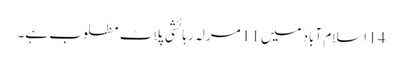
14 اسلام آباد میں 11 مرلہ رہائشی پلاٹ مطلوب ہے۔